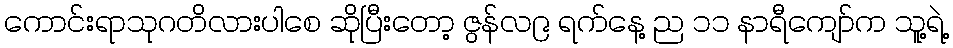
ကောင်းရာသုဂတိလားပါစေ ဆိုပြီးတော့ ဇွန်လ၉ ရက်နေ့ ည ၁၁ နာရီကျော်က သူ့ရဲ့